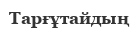
Тарғұтайдың